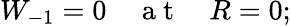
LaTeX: W_{-1}=0\quad\mathrm{~a~t~}\quad R=0;